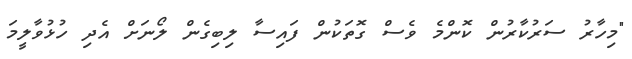
"މިހާރު ސަރުކާރުން ކޮންމެ ވެސް ގޮތަކުން ފައިސާ ލިިބިގެން ލޯނަށް އެދި ހުޅުވާލީމަ